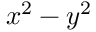
x ^ { 2 } - y ^ { 2 }